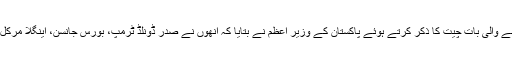
کشمیر کے مسئلے پر عالمی رہنماؤں سے ہونے والی بات چیت کا ذکر کرتے ہوئے پاکستان کے وزیر اعظم نے بتایا کہ انھوں نے صدر ڈونلڈ ٹرمپ، بورس جانسن، اینگلا مرکل، فرانس کے صدر میکرون سے بات کی ہے۔